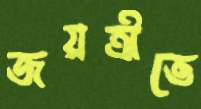
জয়ত্রীতে